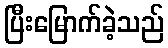
ပြီးမြောက်ခဲ့သည်